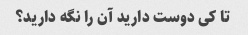
تا کی دوست دارید آن را نگه دارید؟